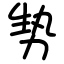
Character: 㔟